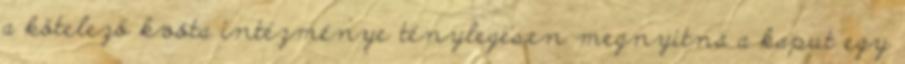
a kötelező kvóta intézménye ténylegesen megnyitná a kaput egy